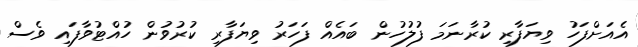
އެއަށްފަހު ވިޔަފާރި ކުރާނަމަ ފުލުހުން ބައެއް ފަހަރު ވިޔަފާރި ކުރުވުން ހުއްޓުވާފައި ވެސް